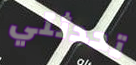
تحدثتي